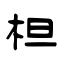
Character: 柦